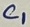
Text: C1